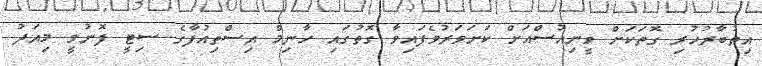
އިތުބާރުހުރި ގޮތަކަށް ވީނިއުސްއަށް ކަށަވަރުވެފައިވާ ގޮތުގައި ހާނިމް އިސްތިއުފާގެ ސިޓީ ފޮނުވީ މިއަދު